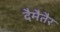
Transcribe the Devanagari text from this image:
दैमैतैर